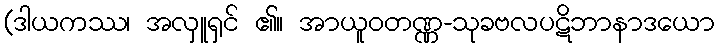
(ဒါယကဿ၊ အလှူရှင် ၏။ အာယူဝတဏ္ဏ-သုခဗလပဋိဘာနာဒယော